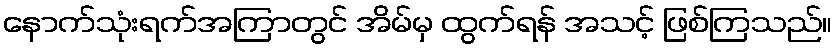
နောက်သုံးရက်အကြာတွင် အိမ်မှ ထွက်ရန် အသင့် ဖြစ်ကြသည်။